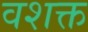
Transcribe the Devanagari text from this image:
वशक्त